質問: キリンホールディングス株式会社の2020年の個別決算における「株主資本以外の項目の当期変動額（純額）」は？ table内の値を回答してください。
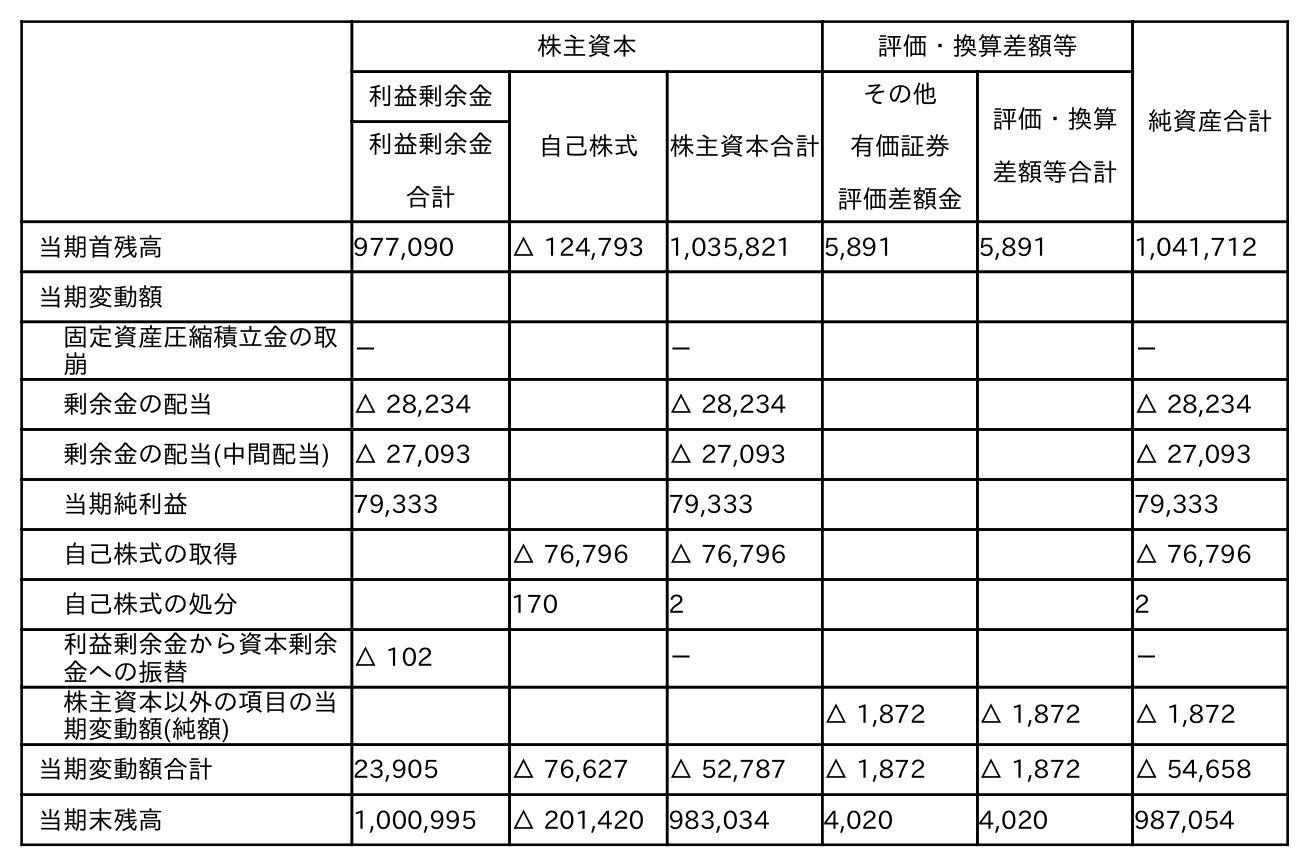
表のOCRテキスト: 株主資本 評価・換算差額等 純資産合計 利益剰余金 自己株式 株主資本合計 その他 有価証券 評価差額金 評価・換算 差額等合計 利益剰余金 合計 当期首残高 977,090 △ 124,793 1,035,821 5,891 5,891 1,041,712 当期変動額 固定資産圧縮積立金の取 崩 － － － 剰余金の配当 △ 28,234 △ 28,234 △ 28,234 剰余金の配当(中間配当) △ 27,093 △ 27,093 △ 27,093 当期純利益 79,333 79,333 79,333 自己株式の取得 △ 76,796 △ 76,796 △ 76,796 自己株式の処分 170 2 2 利益剰余金から資本剰余 金への振替 △ 102 － － 株主資本以外の項目の当 期変動額(純額) △ 1,872 △ 1,872 △ 1,872 当期変動額合計 23,905 △ 76,627 △ 52,787 △ 1,872 △ 1,872 △ 54,658 当期末残高 1,000,995 △ 201,420 983,034 4,020 4,020 987,054
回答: △1,872